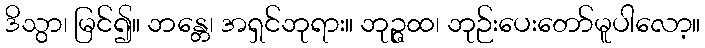
ဒိသွာ၊ မြင်၍။ ဘန္တေ၊ အရှင်ဘုရား။ ဘုဉ္ဇထ၊ ဘုဉ်းပေးတော်မူပါလော့။